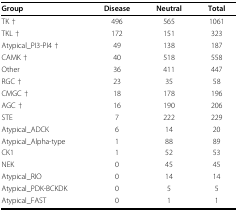
| Group | Disease | Neutral | Total |
 | --- | --- | --- | --- |
 | TK † | 496 | 565 | 1061 |
 | TKL † | 172 | 151 | 323 |
 | Atypical_PI3-PI4 † | 49 | 138 | 187 |
 | CAMK † | 40 | 518 | 558 |
 | Other | 36 | 411 | 447 |
 | RGC † | 23 | 35 | 58 |
 | CMGC † | 18 | 178 | 196 |
 | AGC † | 16 | 190 | 206 |
 | STE | 7 | 222 | 229 |
 | Atypical_ADCK | 6 | 14 | 20 |
 | Atypical_Alpha-type | 1 | 88 | 89 |
 | CK1 | 1 | 52 | 53 |
 | NEK | 0 | 45 | 45 |
 | Atypical_RIO | 0 | 14 | 14 |
 | Atypical_PDK-BCKDK | 0 | 5 | 5 |
 | Atypical_FAST | 0 | 1 | 1 |